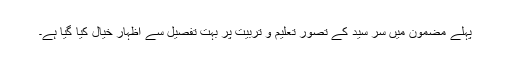
پہلے مضمون میں سر سید کے تصوّرِ تعلیم و تربیت پر بہت تفصیل سے اظہار خیال کیا گیا ہے۔